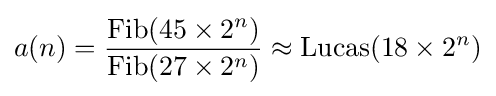
a(n)={\frac {\operatorname {Fib} (45\times 2^{n})}{\operatorname {Fib} (27\times 2^{n})}}\approx \operatorname {Lucas} (18\times 2^{n})